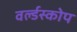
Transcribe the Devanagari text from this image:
वर्ल्डस्कोप